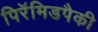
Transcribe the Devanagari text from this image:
पिरॅमिडपैकी